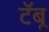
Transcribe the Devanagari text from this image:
टॅबू